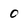
Character: 0